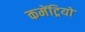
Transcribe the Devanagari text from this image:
कमेंट्रियों